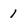
Character: 1